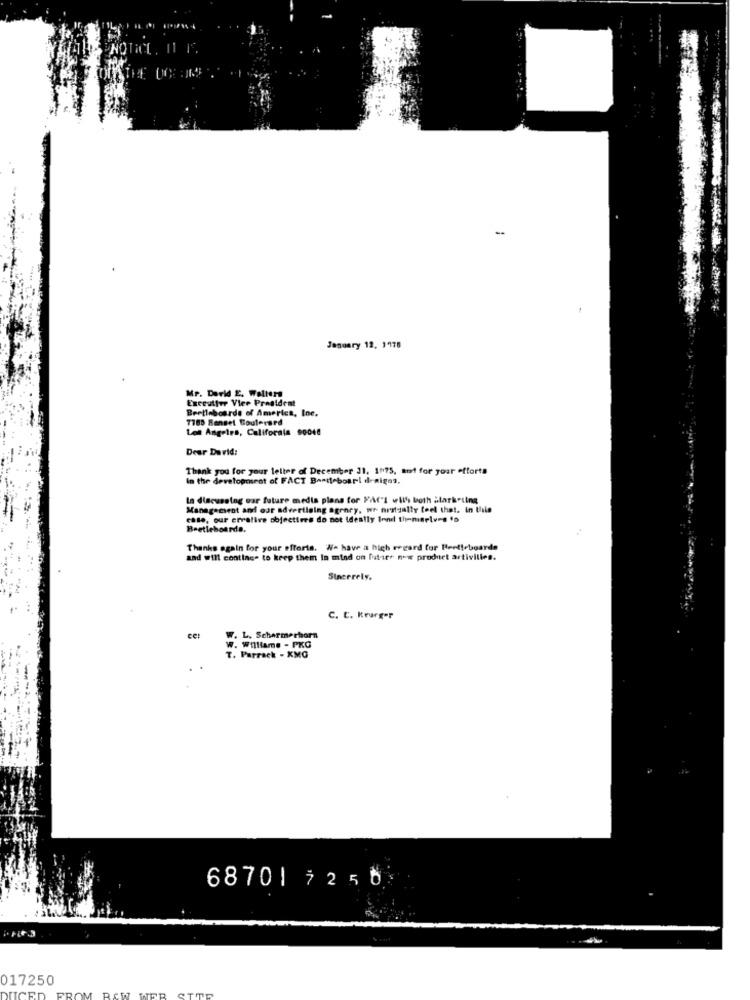
-
January 12, 1978
Mr. Derid E. Walters
Exceuiter Vice President
Bertinboarde of America, Inc.
7185 Renset Boulerard
Los Angeles, California 00044
Dear David:
Thank you for your leller of December 31, 10175, ant for your efforts
In the development of FACT Bartlebouri designs,
In discussing our future media plans for FAI with both alarketing
Management and our advertising agency, wr prstyally feel that. in this
case, our erralive objectives do not Ideally lend themselves to
Beetleboards.
Thanks again for your efforts. We have a high regard for Heetteboards
and will continue to keep them In mind on future new product artivilles.
Sincerely.
C. C. Krurger
W. L. Schermerhorn
W. Williams - PKG
T. Parrack - XMG
68701 7250
017250
UCED